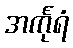
အင်္ကုရံ